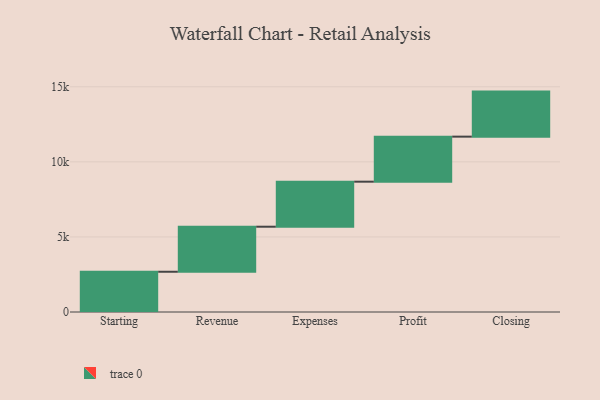
{"axis": {"x": "Step", "y": "Value"}, "legend": [""], "data": [{"x": "Starting", "y": 2681.0, "type": ""}, {"x": "Revenue", "y": 3000, "type": ""}, {"x": "Expenses", "y": 3000, "type": ""}, {"x": "Profit", "y": 3000, "type": ""}, {"x": "Closing", "y": 3000, "type": ""}]}